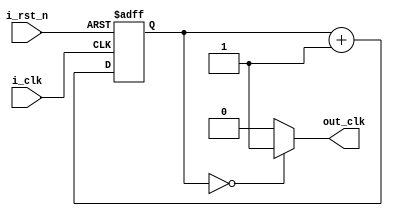
`timescale 1ns / 1ps
//////////////////////////////////////////////////////////////////////////////////
// Company: 
// Engineer: 
// 
// Design Name: 
// Module Name: Pix_clk_gen
// Project Name: 
// Target Devices: 
// Tool Versions: 
// Description: 
// 
// Dependencies: 
// 
// Revision:
// Revision 0.01 - File Created
// Additional Comments:
// 
//////////////////////////////////////////////////////////////////////////////////


module Pix_clk_gen(
    input i_clk,
    input i_rst_n , 
    output out_clk
    );
    reg [1:0] clk_cnt = 0 ;
    
    always @(posedge i_clk or negedge i_rst_n)
            begin
              if (i_rst_n==1'b0)
                    begin
                      clk_cnt <= 0;
                         end
                      else
                   begin      
                 clk_cnt <= clk_cnt + 1'b1 ;
               end
           end
       assign out_clk = (clk_cnt == 2'b00)?1'b1: 1'b0;
             
endmodule